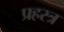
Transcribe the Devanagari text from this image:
प्रहस्त्र